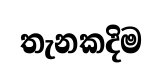
තැනකදිම